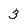
Character: 3